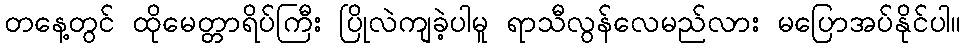
တနေ့တွင် ထိုမေတ္တာရိပ်ကြီး ပြိုလဲကျခဲ့ပါမူ ရာသီလွန်လေမည်လား မပြောအပ်နိုင်ပါ။